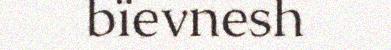
bïevnesh